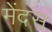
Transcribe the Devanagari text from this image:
मेंदस